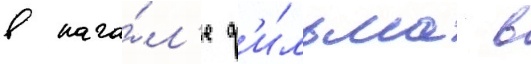
в нача́л'е ф'и́льма в